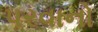
પરવાનો